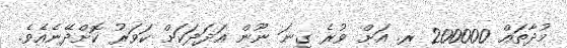
މުދާތައް 200000 ރ. އަށް ވުރެ ގިނަ ނޫން އަދަދަކަށް ކަވަރު ކޮށްދޭނެއެވެ.